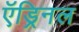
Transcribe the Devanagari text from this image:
ऍड्रिनल